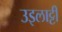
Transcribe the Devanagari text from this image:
उइलाट्टी